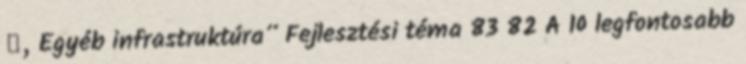
▪„Egyéb infrastruktúra” Fejlesztési téma 83 82 A 10 legfontosabb